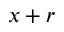
x + r